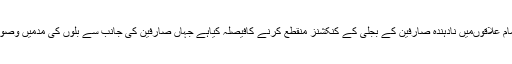
19 جون2018ء) کوئٹہ الیکٹرک سپلائی کمپنی((کیسکو)نے صوبہ کے تمام علاقوںمیں نادہندہ صارفین کے بجلی کے کنکشنز منقطع کرنے کافیصلہ کیاہے جہاں صارفین کی جانب سے بلوں کی مدمیں وصولی نہیں ہورہی اور وہ اپنے ذمہ بقایاجات بھی ادا ئیگی میں ناکام رہے ہیں ۔